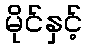
မိုင်နှင့်